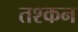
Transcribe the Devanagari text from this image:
तश्कन